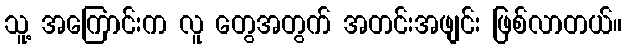
သူ့ အကြောင်းက လူ တွေအတွက် အတင်းအဖျင်း ဖြစ်လာတယ်။